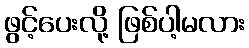
ဖွင့်ပေးလို့ ဖြစ်ပါ့မလား